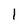
Character: 1